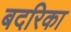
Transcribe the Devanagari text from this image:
बदरिका